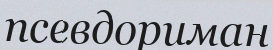
псевдориман